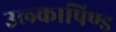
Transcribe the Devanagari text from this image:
उल्‍कापिण्‍ड